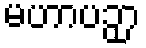
မဟာပဉှာ